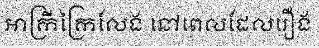
អាក្រីក្រៃលែង នៅពេលដែលរឿង